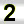
Digit: 2